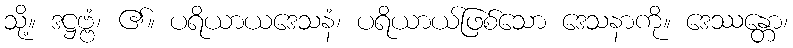
သို့။ ဒဋ္ဌဗ္ဗံ၊ ၏။ ပရိယာယဒေသနံ၊ ပရိယာယ်ဖြစ်သော ဒေသနာကို။ ဒေဿန္တော၊